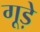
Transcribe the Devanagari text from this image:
गूड़े